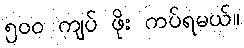
၅၀၀ ကျပ် ဖိုး ကပ်ရမယ်။